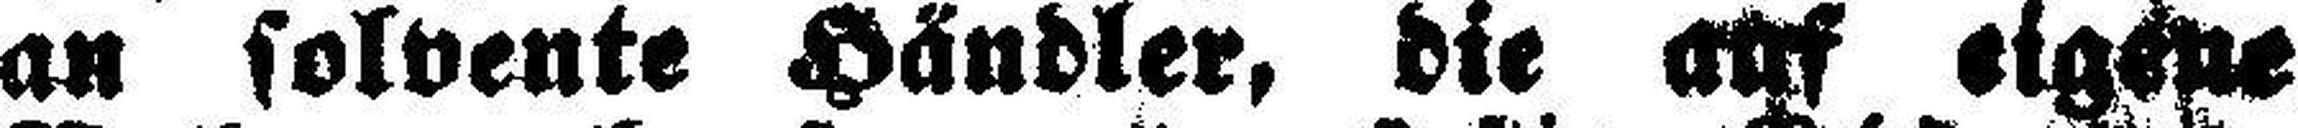
an solvente Händler, die auf eigene